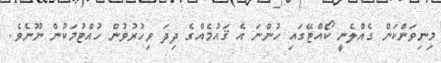
މިނިވަންކަން ގެއްލެނީ ކޯއްޓޭގައި ހުންނަ އެ ޤައުމެއްގެ ދިދަ ވިހުރުވުން ހުއްޓުމަކުން ނޫނެވެ.